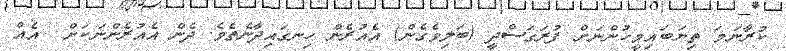
ކުރާނަމަ ތިޔަބައިމީހުންނަށް ފުރަގަސްދީ (ބަލިވެގެން) އެއުރެން ހިނގައިދާނެތެވެ. ދެން އެއުރެންނަކަށް  އެއް